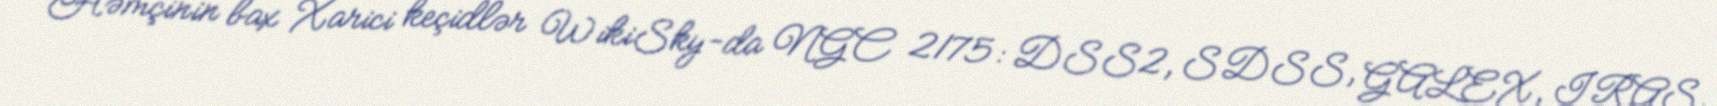
Həmçinin bax Xarici keçidlər WikiSky-da NGC 2175: DSS2, SDSS, GALEX, IRAS,